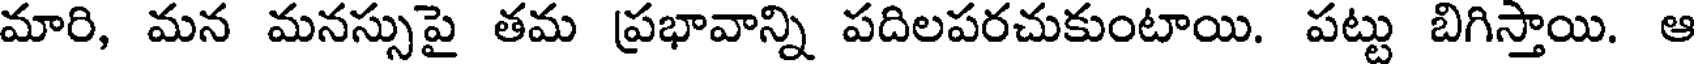
మారి, మన మనస్సుపై తమ ప్రభావాన్ని పదిలపరచుకుంటాయి. పట్టు బిగిస్తాయి. ఆ